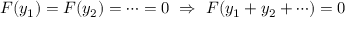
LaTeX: F ( y _ { 1 } ) = F ( y _ { 2 } ) = \cdots = 0 \ \Rightarrow \ F ( y _ { 1 } + y _ { 2 } + \cdots ) = 0